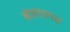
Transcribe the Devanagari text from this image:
बेगलर